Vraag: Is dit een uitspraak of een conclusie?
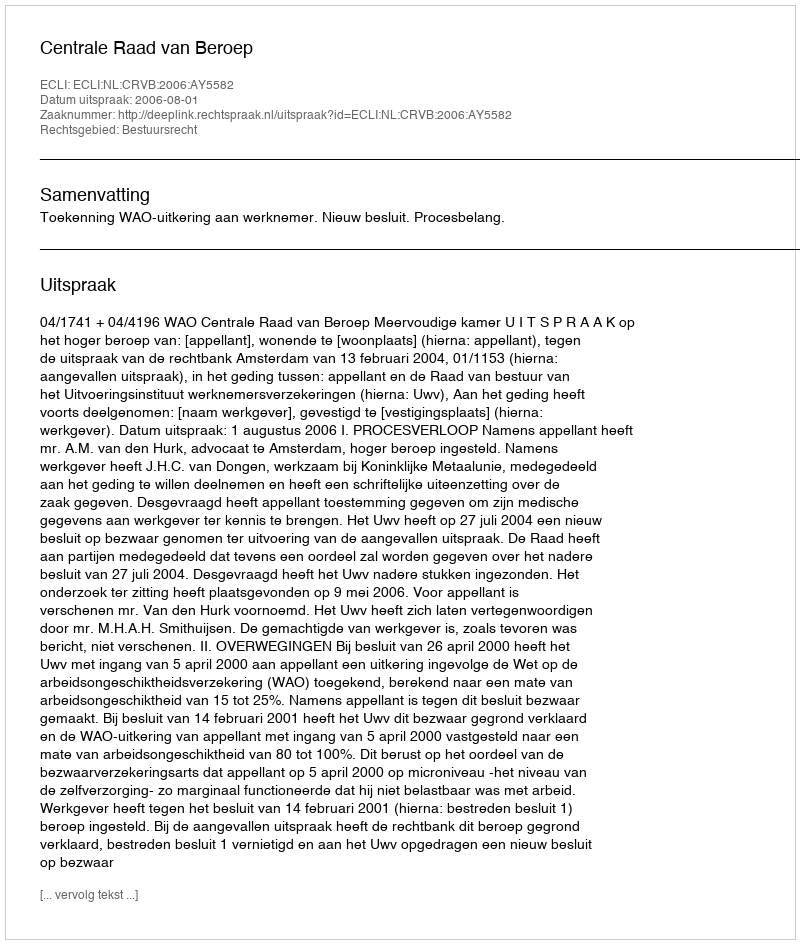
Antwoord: Uitspraak